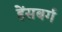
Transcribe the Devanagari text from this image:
हेंसबर्ग